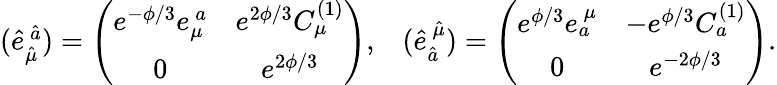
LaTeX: \left.\begin{array}{cc}{{(\hat{e}_{\hat{\mu}}^{\ \hat{a}})=\left(\begin{array}{cc}{{e^{-\phi/3}e_{\mu}^{\ a}}}&{{e^{2\phi/3}C_{\mu}^{(1)}}}\\ {{0}}&{{e^{2\phi/3}}}\end{array}\right),}}&{{(\hat{e}_{\hat{a}}^{\ \hat{\mu}})=\left(\begin{array}{cc}{{e^{\phi/3}e_{a}^{\ \mu}}}&{{-e^{\phi/3}C_{a}^{(1)}}}\\ {{0}}&{{e^{-2\phi/3}}}\end{array}\right).}}\end{array}\right.